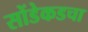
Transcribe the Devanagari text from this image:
सोंडेकडचा